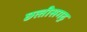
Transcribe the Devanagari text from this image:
छत्‍तीसगढ़़